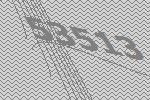
53513